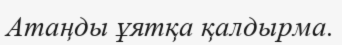
Атаңды ұятқа қалдырма.